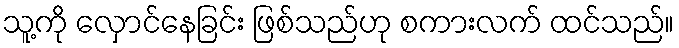
သူ့ကို လှောင်နေခြင်း ဖြစ်သည်ဟု စကားလက် ထင်သည်။